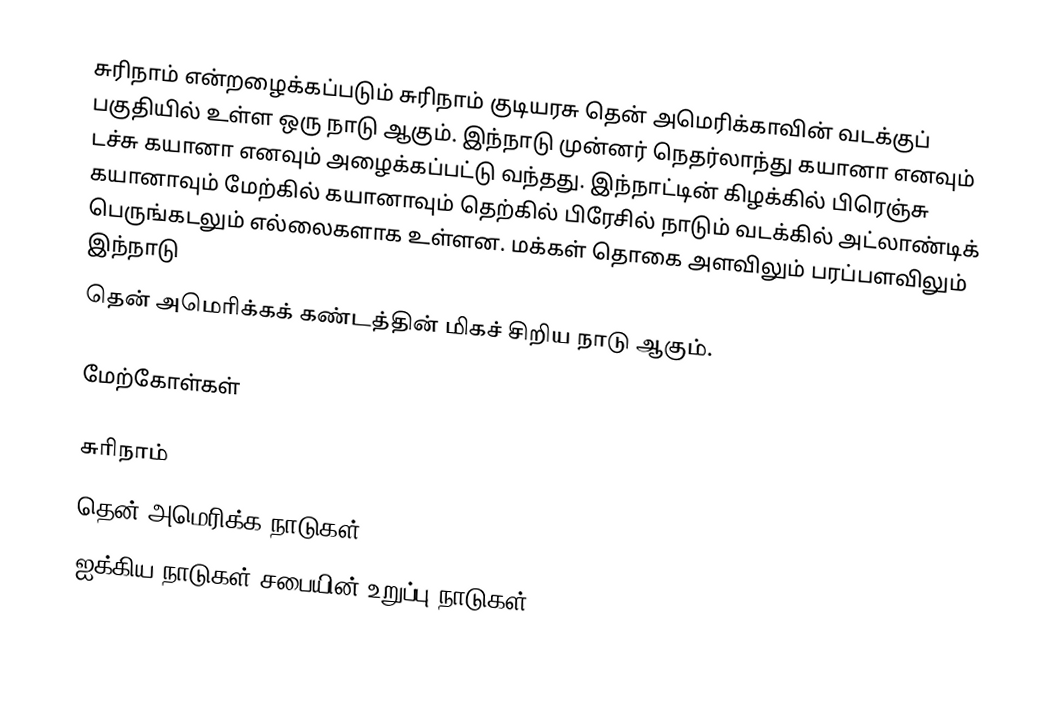
சுரிநாம் என்றழைக்கப்படும் சுரிநாம் குடியரசு தென் அமெரிக்காவின் வடக்குப் பகுதியில் உள்ள ஒரு நாடு ஆகும். இந்நாடு முன்னர் நெதர்லாந்து கயானா எனவும் டச்சு கயானா எனவும் அழைக்கப்பட்டு வந்தது. இந்நாட்டின் கிழக்கில் பிரெஞ்சு கயானாவும் மேற்கில் கயானாவும் தெற்கில் பிரேசில் நாடும் வடக்கில் அட்லாண்டிக் பெருங்கடலும் எல்லைகளாக உள்ளன. மக்கள் தொகை அளவிலும் பரப்பளவிலும் இந்நாடு
தென் அமெரிக்கக் கண்டத்தின் மிகச் சிறிய நாடு ஆகும்.

மேற்கோள்கள்

சுரிநாம்
தென் அமெரிக்க நாடுகள்
ஐக்கிய நாடுகள் சபையின் உறுப்பு நாடுகள்